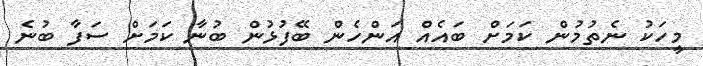
މީހަކު ނެތުމުން ކަމަށް ބައެއް އަންހެން ބޭފުޅުން ބުނާ ކަމަށް ސަފާ ބުނެ